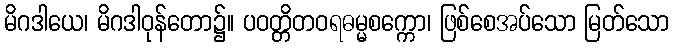
မိဂဒါယေ၊ မိဂဒါဝုန်တော၌။ ပဝတ္တိတဝရဓမ္မစက္ကော၊ ဖြစ်စေအပ်သော မြတ်သော